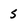
Character: 5